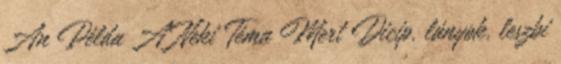
An Példa A Neki Téma Mert Dicip. lányok, leszbi